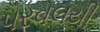
પરવલયી